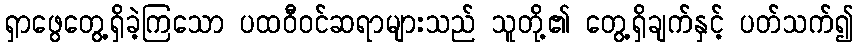
ရှာဖွေတွေ့ရှိခဲ့ကြသော ပထဝီဝင်ဆရာများသည် သူတို့၏ တွေ့ရှိချက်နှင့် ပတ်သက်၍